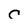
Character: C